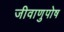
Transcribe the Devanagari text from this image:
जीवाणुपोष